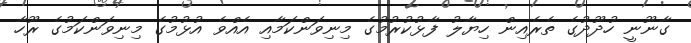
ގާނޫނީ ހުދޫދުގެ ތެރެއިން ހިޔާލު ފާޅުކުރުމުގެ މިނިވަންކަމާއި އެއްވެ އުޅުމުގެ މިނިވަންކަމުގެ ރޫހާ